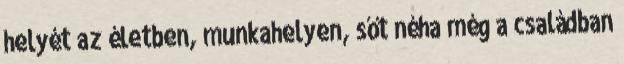
helyét az életben, munkahelyen, sőt néha még a családban